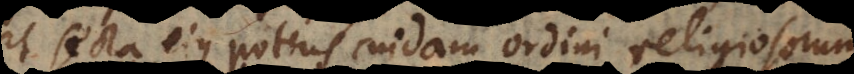
et secta ejus potius cuidam ordini religiosorum